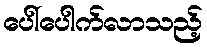
ပေါ်ပေါက်လာသည့်